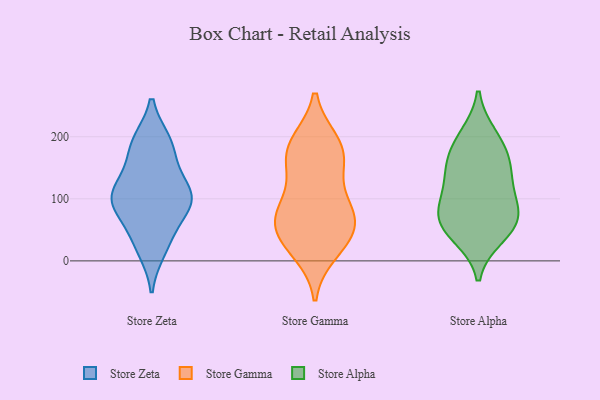
{"axis": {"x": "Production Output", "y": "Value"}, "legend": ["Store Alpha", "Store Gamma", "Store Zeta"], "data": [{"x": "", "y": 84, "type": "Store Zeta"}, {"x": "", "y": 18, "type": "Store Zeta"}, {"x": "", "y": 43, "type": "Store Zeta"}, {"x": "", "y": 153, "type": "Store Zeta"}, {"x": "", "y": 112, "type": "Store Zeta"}, {"x": "", "y": 190, "type": "Store Zeta"}, {"x": "", "y": 94, "type": "Store Zeta"}, {"x": "", "y": 98, "type": "Store Zeta"}, {"x": "", "y": 112, "type": "Store Zeta"}, {"x": "", "y": 192, "type": "Store Zeta"}, {"x": "", "y": 78, "type": "Store Gamma"}, {"x": "", "y": 147, "type": "Store Gamma"}, {"x": "", "y": 83, "type": "Store Gamma"}, {"x": "", "y": 83, "type": "Store Gamma"}, {"x": "", "y": 163, "type": "Store Gamma"}, {"x": "", "y": 189, "type": "Store Gamma"}, {"x": "", "y": 74, "type": "Store Gamma"}, {"x": "", "y": 16, "type": "Store Gamma"}, {"x": "", "y": 39, "type": "Store Gamma"}, {"x": "", "y": 48, "type": "Store Gamma"}, {"x": "", "y": 173, "type": "Store Gamma"}, {"x": "", "y": 190, "type": "Store Gamma"}, {"x": "", "y": 32, "type": "Store Gamma"}, {"x": "", "y": 92, "type": "Store Alpha"}, {"x": "", "y": 133, "type": "Store Alpha"}, {"x": "", "y": 154, "type": "Store Alpha"}, {"x": "", "y": 63, "type": "Store Alpha"}, {"x": "", "y": 151, "type": "Store Alpha"}, {"x": "", "y": 200, "type": "Store Alpha"}, {"x": "", "y": 188, "type": "Store Alpha"}, {"x": "", "y": 41, "type": "Store Alpha"}, {"x": "", "y": 95, "type": "Store Alpha"}, {"x": "", "y": 65, "type": "Store Alpha"}, {"x": "", "y": 56, "type": "Store Alpha"}]}